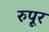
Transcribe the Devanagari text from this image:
रुपूर